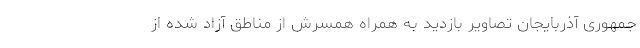
جمهوری آذربایجان تصاویر بازدید به همراه همسرش از مناطق آزاد شده از